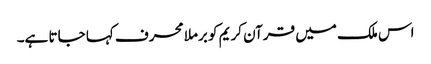
اس ملک میں قرآن کریم کو برملا محرف کہا جاتا ہے۔